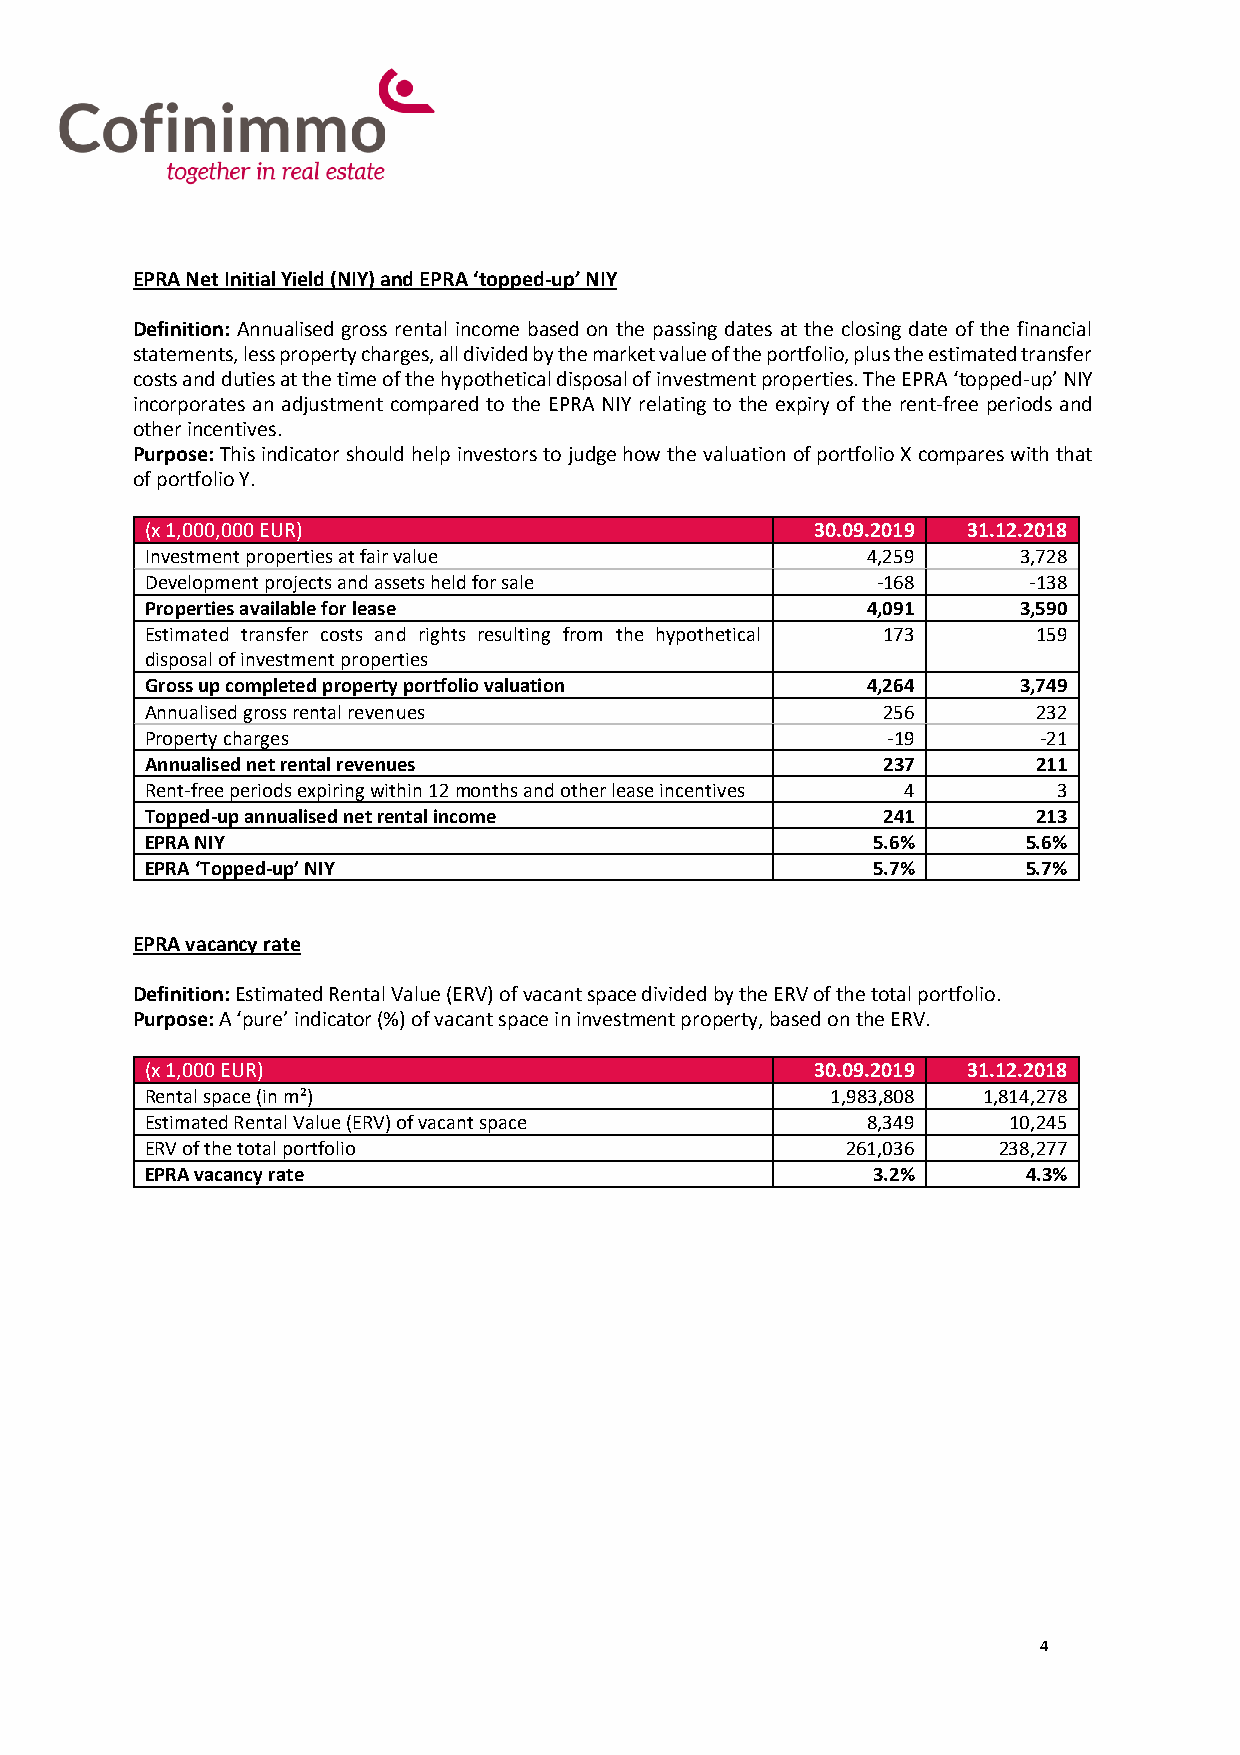
EPRA Net Initial Yield (NIY) and EPRA ‘topped-up’ NIY
 Definition: Annualised gross rental income based on the passing dates at the closing date of the financial
 statements, less property charges, all divided by the market value of the portfolio, plus the estimated transfer
 costs and duties at the time of the hypothetical disposal of investment properties. The EPRA ‘topped-up’ NIY
 incorporates an adjustment compared to the EPRA NIY relating to the expiry of the rent-free periods and
 other incentives.
 Purpose: This indicator should help investors to judge how the valuation of portfolio X compares with that
 of portfolio Y.
 (x 1,000,000 EUR)                           30.09.2019 31.12.2018
 Investment properties at fair value            4,259     3,728
 Development projects and assets held for sale   -168      -138
 Properties available for lease                 4,091     3,590
 Estimated transfer costs and rights resulting from the hypothetical 173 159
 disposal of investment properties
 Gross up completed property portfolio valuation 4,264    3,749
 Annualised gross rental revenues                256        232
 Property charges                                 -19       -21
 Annualised net rental revenues                  237        211
 Rent-free periods expiring within 12 months and other lease incentives 4 3
 Topped-up annualised net rental income          241        213
 EPRA NIY                                        5.6%      5.6%
 EPRA ‘Topped-up’ NIY                            5.7%      5.7%
 EPRA vacancy rate
 Definition: Estimated Rental Value (ERV) of vacant space divided by the ERV of the total portfolio.
 Purpose: A ‘pure’ indicator (%) of vacant space in investment property, based on the ERV.
 (x 1,000 EUR)                               30.09.2019 31.12.2018
 Rental space (in m²)                         1,983,808 1,814,278
 Estimated Rental Value (ERV) of vacant space   8,349     10,245
 ERV of the total portfolio                    261,036   238,277
 EPRA vacancy rate                               3.2%      4.3%
 4